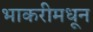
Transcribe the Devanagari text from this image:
भाकरीमधून